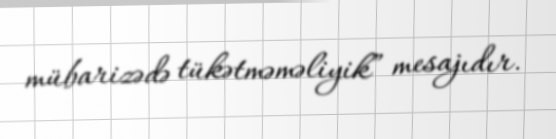
mübarizədə tükətməməliyik” mesajıdır.